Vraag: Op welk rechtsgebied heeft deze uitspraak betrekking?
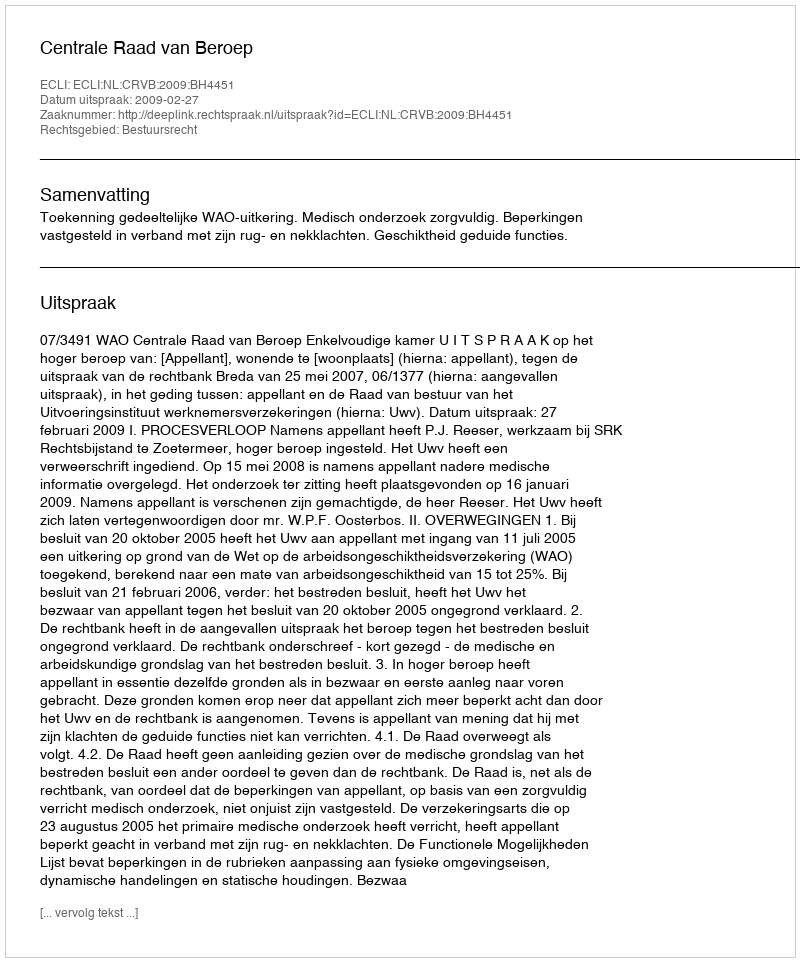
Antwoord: Bestuursrecht